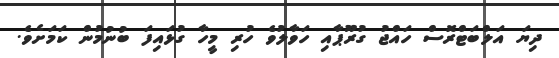
ދިޔަ އަލްބަޓްރޮސް ހައްޖު ގުރޫޕާއި ހަވާލުވެ ހުރި މީހާ ގުޅައިފަ ބުނުމުން ކަމަށެވެ.